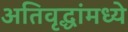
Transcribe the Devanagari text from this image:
अतिवृद्धांमध्ये